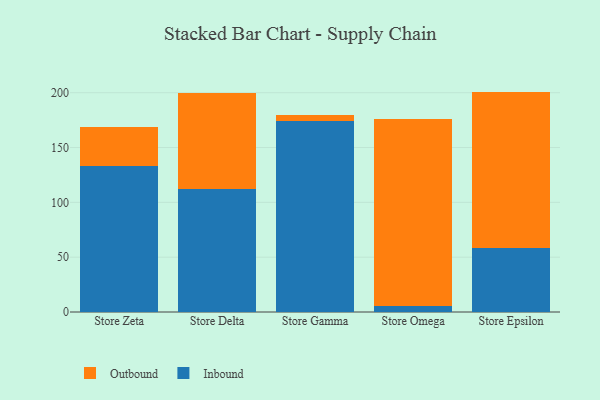
{"axis": {"x": "Store", "y": "Website Visitors"}, "legend": ["Inbound", "Outbound"], "data": [{"x": "Store Zeta", "y": 133.5, "type": "Inbound"}, {"x": "Store Zeta", "y": 35.2, "type": "Outbound"}, {"x": "Store Delta", "y": 111.9, "type": "Inbound"}, {"x": "Store Delta", "y": 87.8, "type": "Outbound"}, {"x": "Store Gamma", "y": 174.4, "type": "Inbound"}, {"x": "Store Gamma", "y": 5.5, "type": "Outbound"}, {"x": "Store Omega", "y": 5.6, "type": "Inbound"}, {"x": "Store Omega", "y": 170.6, "type": "Outbound"}, {"x": "Store Epsilon", "y": 58.3, "type": "Inbound"}, {"x": "Store Epsilon", "y": 142.7, "type": "Outbound"}]}